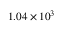
1 . 0 4 \times 1 0 ^ { 3 }